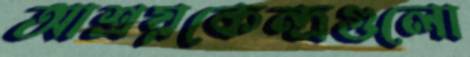
আশ্রয়কেন্দ্রগুলো